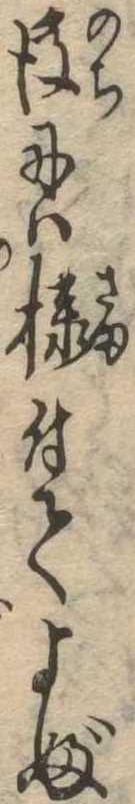
後には様付てよぶ